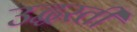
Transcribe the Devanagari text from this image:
उद्धरती